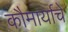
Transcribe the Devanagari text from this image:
कौमार्याचे